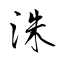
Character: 洙